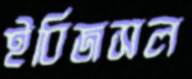
ইবিজসল